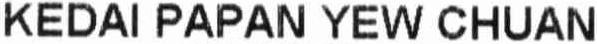
KEDAI PAPAN YEW CHUAN